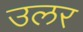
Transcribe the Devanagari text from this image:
उलर